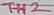
Text: TH2